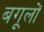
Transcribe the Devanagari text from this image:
बगूलों